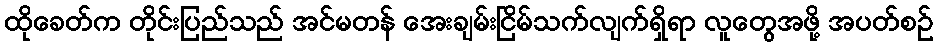
ထိုခေတ်က တိုင်းပြည်သည် အင်မတန် အေးချမ်းငြိမ်သက်လျက်ရှိရာ လူတွေအဖို့ အပတ်စဉ်